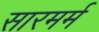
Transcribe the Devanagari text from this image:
सारमर्म